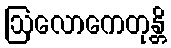
ဩလောကေတုန္တိ